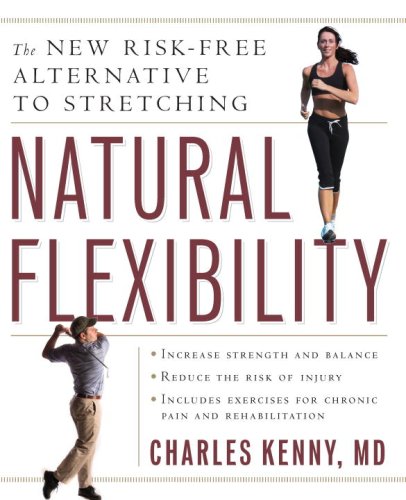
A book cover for Natural Flexibility: The New Risk-Free Alternative to Stretching; Charles Kenny; Health, Fitness & Dieting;